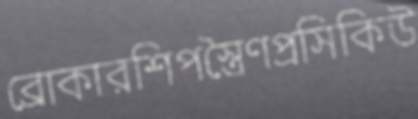
ব্রোকারশিপস্ত্রৈণপ্রসিকিউ